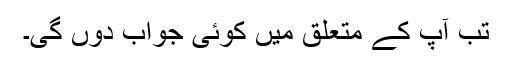
تب آپ کے متعلق میں کوئی جواب دوں گی۔